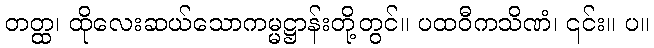
တတ္ထ၊ ထိုလေးဆယ်သောကမ္မဋ္ဌာန်းတို့တွင်။ ပထဝီကသိဏံ၊ ၎င်း။ ပ။